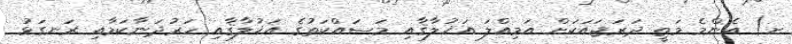
ށ) އެންމެ މަތީ ދަރަޖައަކަށް އަމިއްލަ އަޚުލާޤާއި މަސައްކަތުގެ އަޚުލާޤާއި ހަރުދަނާކަމާއި ރަނގަޅު